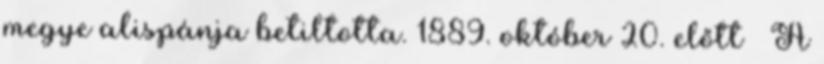
megye alispánja betiltotta. 1889. október 20. előtt – A